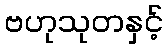
ဗဟုသုတနှင့်